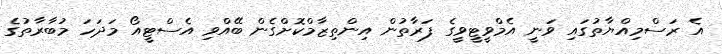
އެ ރަސްމިއްޔާތުގައި ވަނީ އެމްވީޓީވީގެ ފަރާތުން އިންތިޒާމްކޮށްގެން ބޭއްވި އެސްޓީއޯ މަދަހަ މުބާރާތުގެ